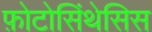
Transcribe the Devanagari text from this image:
फ़ोटोसिंथेसिस